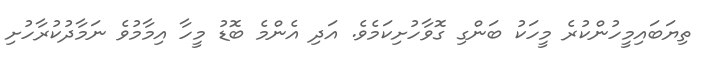
ތިޔަބައިމީހުންކުރެ މީހަކު ބަންގި ގޮވާހުށިކަމެވެ. އަދި އެންމެ ބޮޑު މީހާ އިމާމުވެ ނަމާދުކުރާހުށި